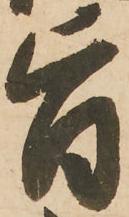
旨